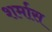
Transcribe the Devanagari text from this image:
शर्मास